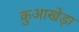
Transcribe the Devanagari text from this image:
कुआखेड़ा